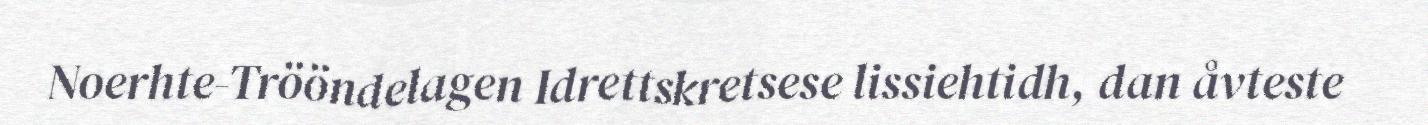
Noerhte-Trööndelagen Idrettskretsese lissiehtidh, dan åvteste